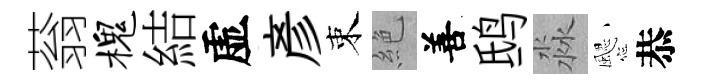
蓊槐結虚彦束絶善鸱淼颸恭